Rasina_vallavalitsus, lk 24
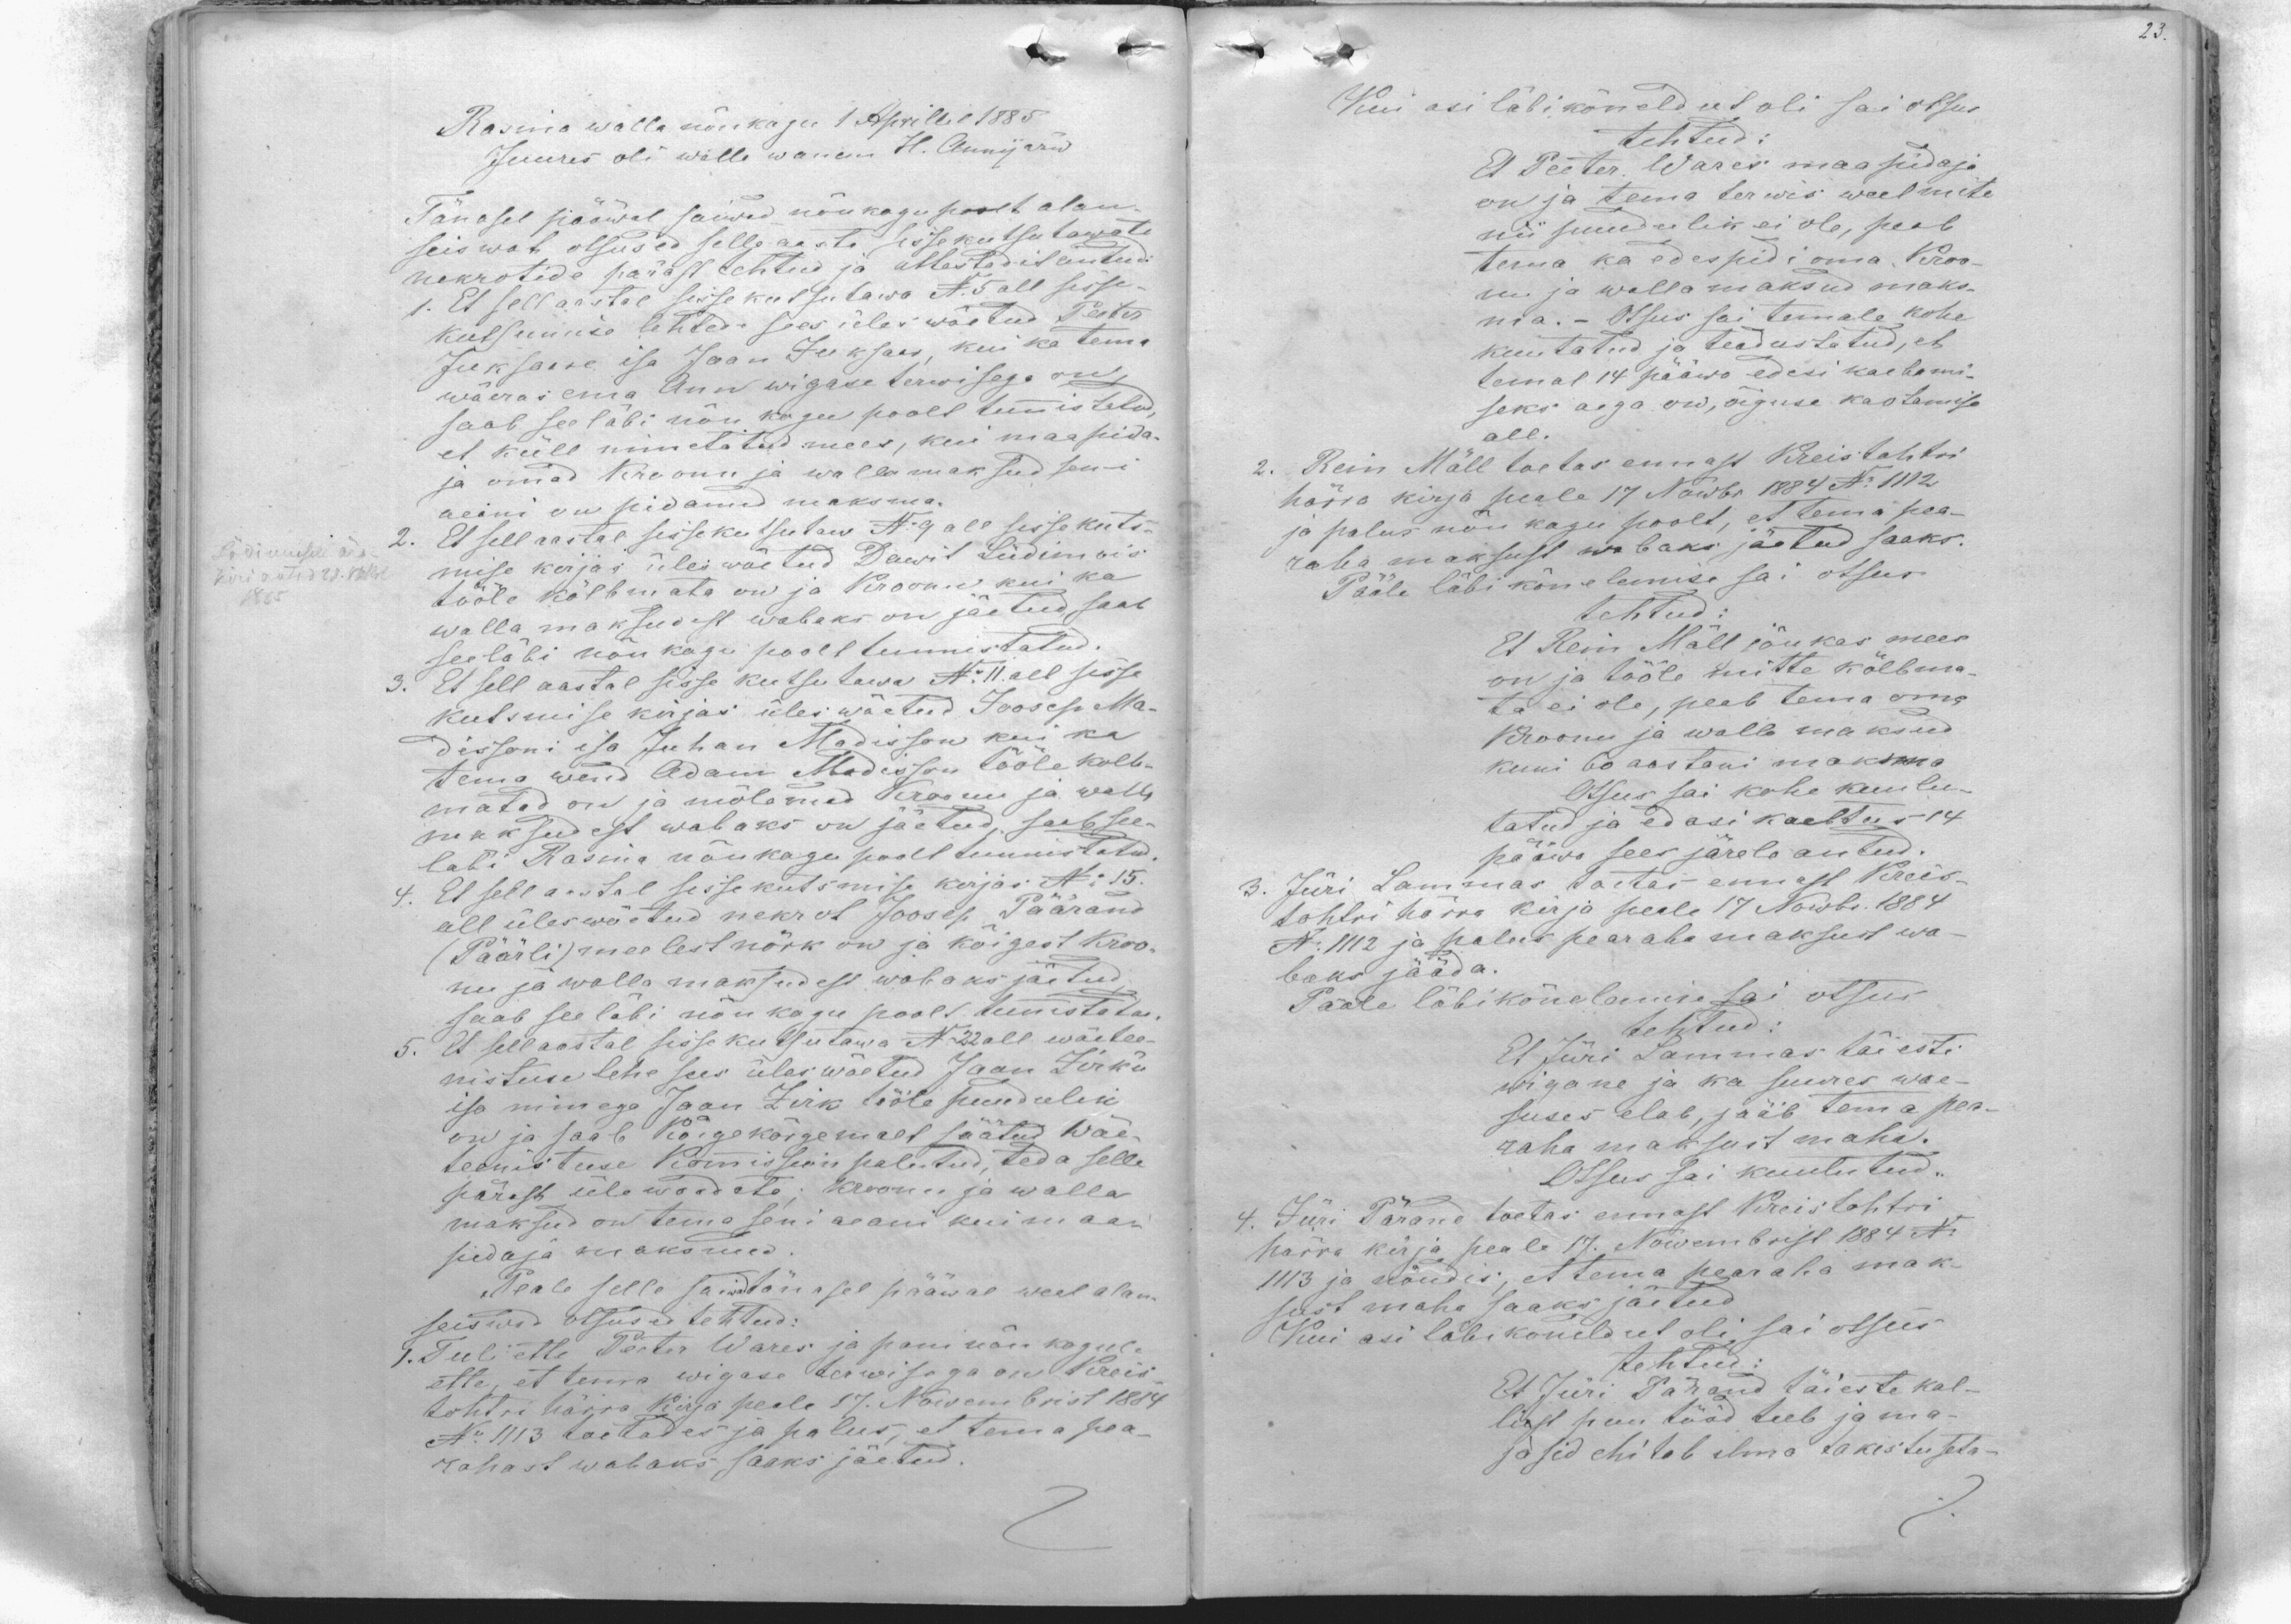
Rasina walla nõukogu 1 Aprillil 1885
Juures oli walla wanem H. Annijärw
Tänasel pääwal saiwad nõukogu poolt alan
seiswat otsused selle aasta sissekutsutawate
nekrotide pärast tehtud ja attestadit antud:
1. Et sell aastal sisse kutsutawa N. 5 all sisse
kutsumise lehtede sees üles wõetud Peeter
Juksaare isa Jaan Juksaar, kui ka tema
wõeras ema Ann wigase terwisega on,
saab seeläbi nõukogu poolt tunnistatud,
et küll nimetatud mees, kui maapida-
ja omad Kroonu ja wallamaksud seni
aeini on pidanud maksma.
2. Et sell aastal sissekutsutaw N. 9 all sissekuts-
mise kirjas üles wõetud Dawit Lüdimois
tööle kõlbmata on ja Kroonu kui ka
walla maksudest wabaks on jäetud, saab
seeläbi nõukogu poolt tunnistatud
3. Et sell aastal sisse kutsutawa N. 11. all sisse
kutsmise kirjas üles wõetud Joosep Ma-
dissoni isa Juhan Madisson kui ka
tema wend Adam Madisson tööle kõlb-
matad on ja mõlemad Kroonu ja walla
maksudest wabaks on jäetud, saab see-
läbi Rasina nõukogu poolt tunnistatud
4. Et sell aastal sisse kutsmise kirjas No 15.
all üleswõetud nekrot Joosep Päärand
(Päärli) meelest nõrk on ja kõigest Kroo-
nu ja walla maksudest wabaks jäetud
saab see läbi nõukogu poolt tunnistatud
5. Et sell aastal sisse kutsutawa N 22 all wäetee-
nistuse lehe sees üles wõetud Jaan Zirk'u
isa nimega Jaan Zirk tööle puudulik
on ja saab Kõigekõrgemalt säätud Wäe-
teenistuse Komission palutud, teda selle
pärast üle waadata; kroonu ja walla
maksud on tema seni aeani kui maa-
pidaja maksnud
Peale selle saiwad tänasel pääwal weel alam-
seiswad otsused tehtud:
1. Tuli ette Peeter Wares ja pani nõukogule
ette, et tema wigase terwisega on Kreis
tohtri kärra kirja peale 17. Nowembrist 1884
No. 1113 toetades ja palus, et tema pea-
rahast wabaks saaks jäetud.

Kui asi läbikõneldut oli sai otsus
tehtud
Et Peeter Wares maapidaja
on ja tema terwis weel mite
nii puudulik ei ole, peab
tema ka edespidi oma Kroo-
nu ja walla maksud maks-
ma. - Otsus sai temale kohe
kuutatud ja teadustatud, et
temal 14 pääwa edesi kaebami-
seks aega on, õiguse kaotamise
all.
2. Rein Mäll toetas ennast Kreistohtri
härra kirja peale 17 Nowbr 1884 No 1112
ja palus nõu kogu poolt, et tema pea-
raha maksust wabaks jäetud saaks.
Pääle läbi kõnelemise sai otsus
tehtud
Et Rein Mäll jõukas mees
on ja tööle mitte kõlbma
ta ei ole, peab tema oma
Kroonu ja walla maksud
kuni 60 aastani maksma
Otsus sai kohe kuulu-
tatud ja edasi kaebtus 14
pääwa sees järele antud.
3. Jüri Lammas toetas ennast Kreis
tohtri härra kirja peale 17 Nowbr. 1884
N. 1112 ja palus pearaha maksust wa-
baks jääda.
Pääle läbikõnelemise sai otsus
tehtud:
El Jüri Lammas täiesti
wigane ja ka suures wae-
suses elab, jääb tema pea-
raha maksust maha.
Otsus sai kuulutud.
4. Jüri Pärand toetas ennast Kreistohtri
härra kirja peale 17. Nowembrist 1884 N.
1113 ja nõudis, et tema pearaha mak-
sust maha saaks jäetud
Kui asi läbikoneldut oli, sai otsus
tehtud
Et Jüri Pärand täieste kal-
list puu tööd teeb ja ma-
jasid ehitab ilma takistuseta -